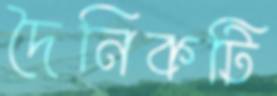
দৈনিকটি